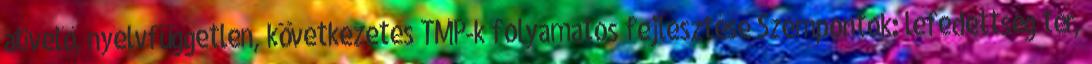
átívelő, nyelvfüggetlen, következetes TMP-k folyamatos fejlesztése Szempontok: lefedettség tér,